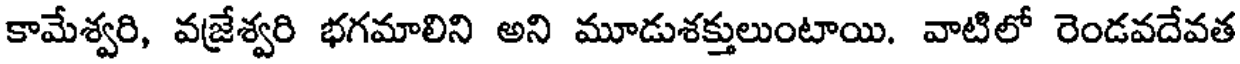
కామేశ్వరి, వజ్రేశ్వరి భగమాలిని అని మూడుశక్తులుంటాయి. వాటిలో రెండవదేవత